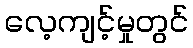
လေ့ကျင့်မှုတွင်